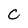
Character: C